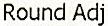
ROUND ADJ